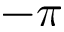
- \pi